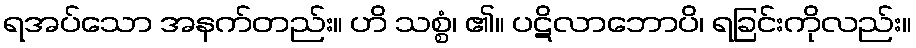
ရအပ်သော အနက်တည်း။ ဟိ သစ္စံ၊ ၏။ ပဋိလာဘောပိ၊ ရခြင်းကိုလည်း။